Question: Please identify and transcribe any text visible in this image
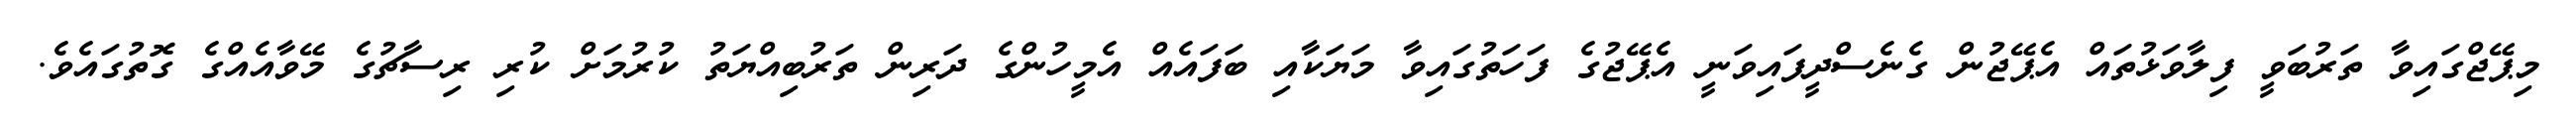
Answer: މިޕޭޖްގައިވާ ތަރުބަވީ ފިލާވަޅުތައް އެޕޭޖުން ގެނެސްދީފައިވަނީ އެޕޭޖުގެ ފަހަތުގައިވާ މަޔަކާއި ބަފައެއް އެމީހުންގެ ދަރިން ތަރުބިއްޔަތު ކުރުމަށް ކުރި ރިސާޗުގެ މޭވާއެއްގެ ގޮތުގައެވެ.